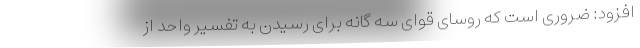
افزود: ضروری است که روسای قوای سه گانه برای رسیدن به تفسیر واحد از